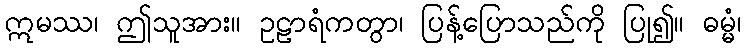
ဣမဿ၊ ဤသူအား။ ဥဠာရံကတွာ၊ ပြန့်ပြောသည်ကို ပြု၍။ ဓမ္မံ၊